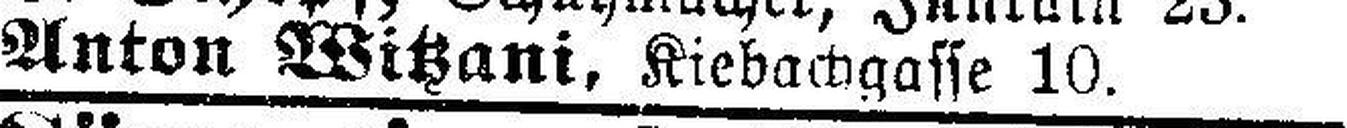
Anton Witzani, Kiebachgasse 10.